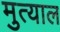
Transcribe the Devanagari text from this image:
मुत्याल